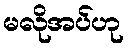
မလိုအပ်ဟု